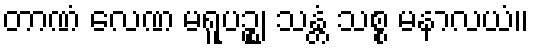
တာဏံ လေဏ မရူပဉ္စ၊ သန္တံ သစ္စ မနာလယံ။